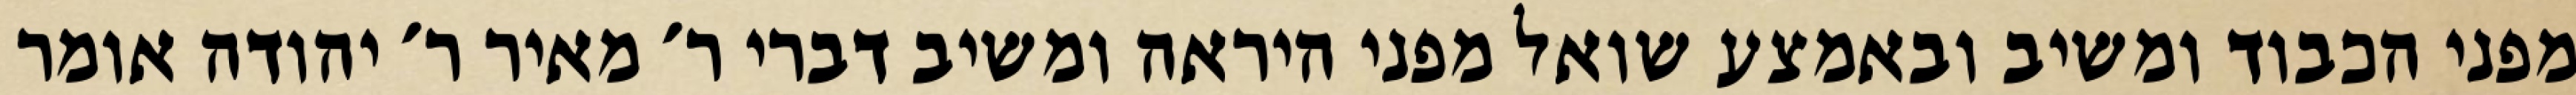
מפני הכבוד ומשיב ובאמצע שואל מפני היראה ומשיב דברי ר׳ מאיר ר׳ יהודה אומר